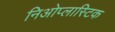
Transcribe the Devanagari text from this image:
निओप्लास्टिक